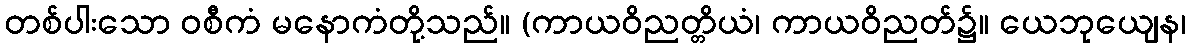
တစ်ပါးသော ဝစီကံ မနောကံတို့သည်။ (ကာယဝိညတ္တိယံ၊ ကာယဝိညတ်၌။ ယေဘုယျေန၊